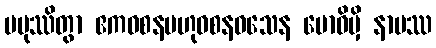
ပမုဿိတွာ ဧကဝစနဗဟုဝစနဝသေန ဗောဓိမှိ နာမဿ